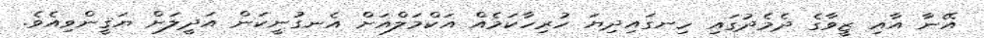
އޭނާ އާއި ޒީވާގެ ދެމެދުގައި ހިނގައިދިޔަ ހުރިހާކަމެއް އަކްމަލްއަށް އެނގުނީކަން އަދީލަށް ޔަޤީންވިއެވެ.